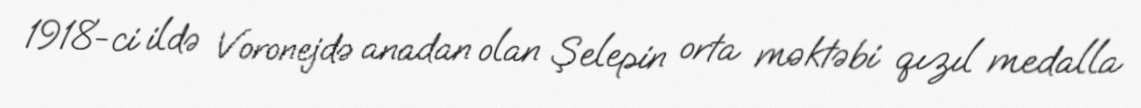
1918-ci ildə Voronejdə anadan olan Şelepin orta məktəbi qızıl medalla